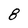
Character: 8